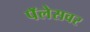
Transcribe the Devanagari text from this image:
पॅलेसवर